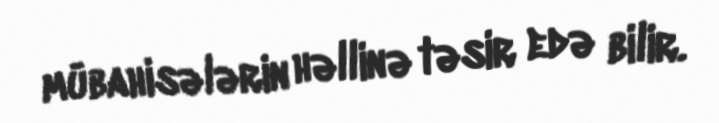
mübahisələrin həllinə təsir edə bilir.